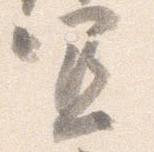
宜